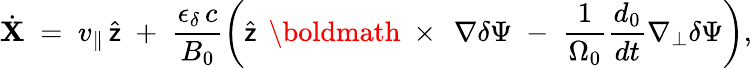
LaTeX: \dot{\mathbf X}\; =\; v_{\| }\, \widehat{\sf z}\; +\; \frac{\epsilon_{\delta}\, c}{B_{0}}\left(\widehat{\sf z}\, \mathrm{~\boldmath~\times~}\, \nabla\delta\Psi\; -\; \frac{1}{\Omega_{0}}\frac{d_{0}}{dt}\nabla_{\bot}\delta\Psi\right),